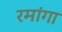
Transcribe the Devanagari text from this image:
रमांगा